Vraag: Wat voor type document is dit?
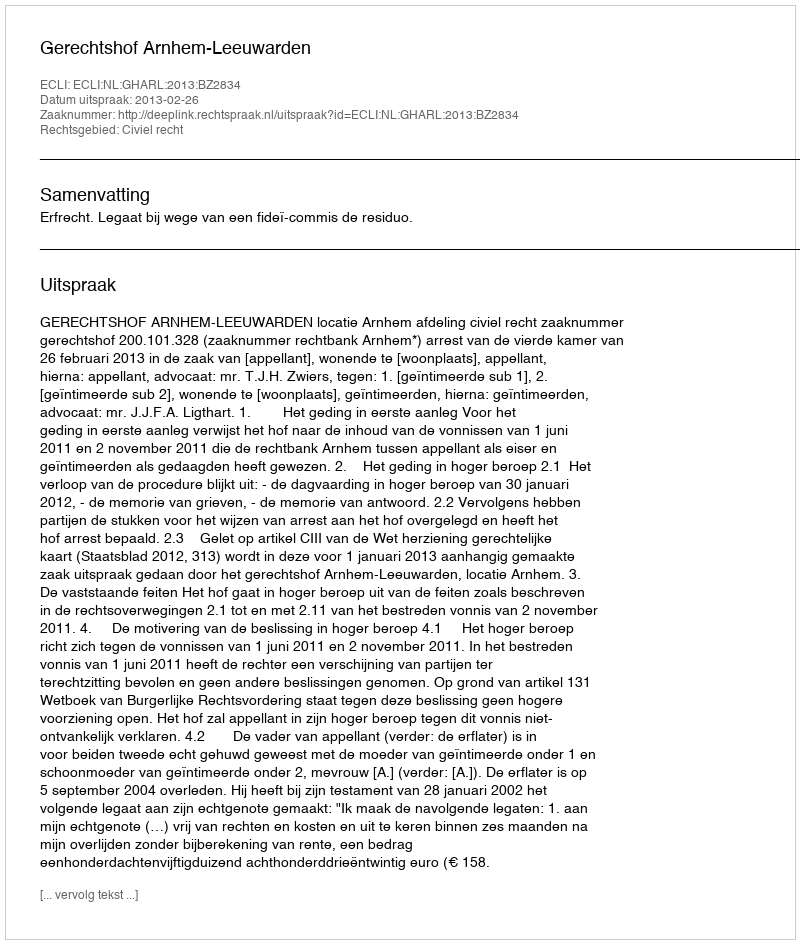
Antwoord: Uitspraak